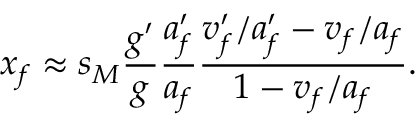
x _ { f } \approx s _ { M } \frac { g ^ { \prime } } { g } \frac { a _ { f } ^ { \prime } } { a _ { f } } \frac { v _ { f } ^ { \prime } / a _ { f } ^ { \prime } - v _ { f } / a _ { f } } { 1 - v _ { f } / a _ { f } } .